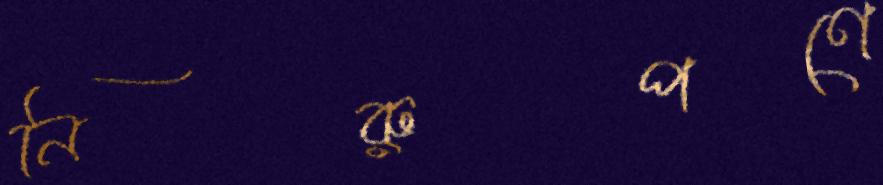
নিরুপণে